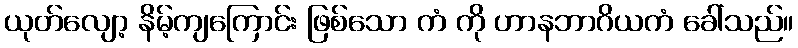
ယုတ်လျော့ နိမ့်ကျကြောင်း ဖြစ်သော ကံ ကို ဟာနဘာဂိယကံ ခေါ်သည်။